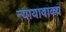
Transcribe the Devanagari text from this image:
न्यायावाक्य